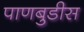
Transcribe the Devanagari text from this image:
पाणबुडीस